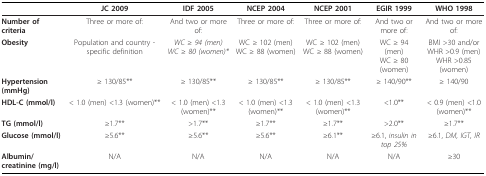
|  | JC 2009 | IDF 2005 | NCEP 2004 | NCEP 2001 | EGIR 1999 | WHO 1998 |
 | --- | --- | --- | --- | --- | --- | --- |
 | Number of criteria | Three or more of: | And two or more of: | Three or more of: | Three or more of: | And two or more of: | And two or more of: |
 | Obesity | Population and country - specific definition | WC ≥94 (men)WC ≥80 (women)* | WC ≥102 (men)WC ≥88 (women) | WC ≥102 (men)WC ≥88 (women) | WC ≥94 (men)WC ≥80 (women) | BMI >30 and/orWHR >0.9 (men)WHR >0.85 (women) |
 | Hypertension (mmHg) | ≥130/85** | ≥130/85** | ≥130/85** | ≥130/85** | ≥140/90** | ≥140/90 |
 | HDL-C (mmol/l) | < 1.0 (men) <1.3 (women)** | < 1.0 (men) <1.3 (women)** | < 1.0 (men) <1.3 (women)** | < 1.0 (men) <1.3 (women)** | < 1.0** | < 0.9 (men) <1.0 (women)** |
 | TG (mmol/l) | ≥1.7** | > 1.7** | ≥1.7** | ≥1.7** | > 2.0** | ≥1.7** |
 | Glucose (mmol/l) | ≥5.6** | ≥5.6** | ≥5.6** | ≥6.1** | ≥6.1, insulin in top 25% | ≥6.1, DM, IGT, IR |
 | Albumin/creatinine (mg/l) | N/A | N/A | N/A | N/A | N/A | ≥30 |